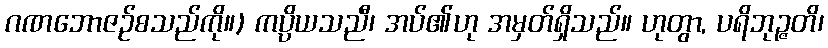
ဂဏဘောဇဉ်စသည်ကို။) ကပ္ပိယသညီ၊ အပ်၏ဟု အမှတ်ရှိသည်။ ဟုတွာ, ပရိဘုဉ္ဇတိ၊